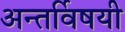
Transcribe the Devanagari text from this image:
अन्तर्विषयी